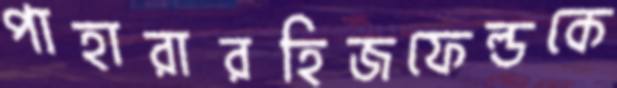
পাহারারহিজফেল্ডকে